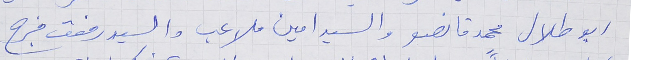
ابو طلال محمد قانصو والسيد امين ملاعب والسيد رفعت فرج